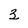
Character: 3